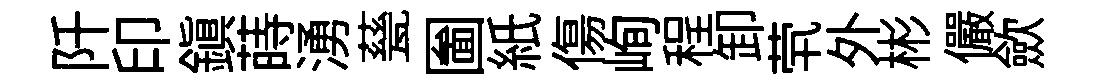
阡印鎭蒔湧甆圗紙傷峋程卸茕外彬儼歛